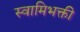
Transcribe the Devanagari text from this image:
स्वामिभक्ती